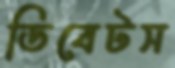
ডিবেটস